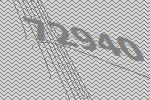
72940